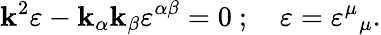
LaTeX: \mathbf{k}^{2}\varepsilon-\mathbf{k}_{\alpha}\mathbf{k}_{\beta}\varepsilon^{\alpha\beta}=0~;~~~~\varepsilon={\varepsilon^{\mu}}_{\mu}.